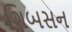
ગિબસન